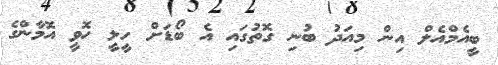
ބީއެމްއެލް އިން މިއަދު ބުނި ގޮތުގައި އެ ބޯޑަށް ހީލީ ހޮވީ އޮމާންގެ